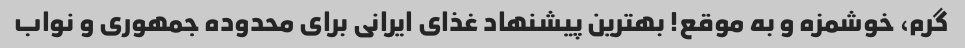
گرم، خوشمزه و به موقع! بهترین پیشنهاد غذای ایرانی برای محدوده جمهوری و نواب